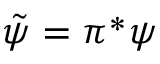
\tilde { \psi } = \pi ^ { * } \psi